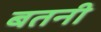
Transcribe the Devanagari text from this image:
बतनी